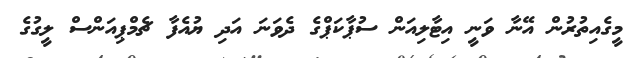
މީގެއިތުރުން އޭނާ ވަނީ އިޓާލިއަން ސުޕާކަޕްގެ ދެވަނަ އަދި ޔުއެފާ ޗެމްޕިއަންސް ލީގުގެ